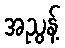
အညွန့်